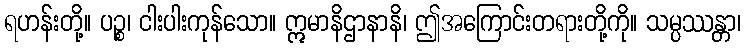
ရဟန်းတို့။ ပဉ္စ၊ ငါးပါးကုန်သော။ ဣမာနိဌာနာနိ၊ ဤအကြောင်းတရားတို့ကို။ သမ္ပဿန္တာ၊